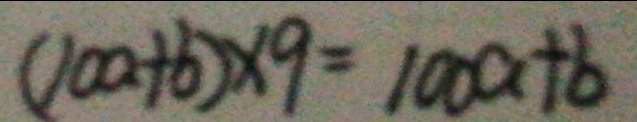
( 1 0 0 + b ) \times 9 = 1 0 0 a + b